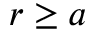
r \ge a